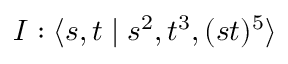
I : \langle s , t \mid s ^ { 2 } , t ^ { 3 } , ( s t ) ^ { 5 } \rangle